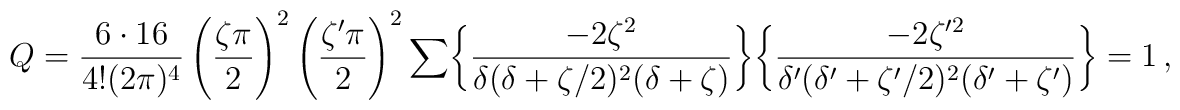
Q = \frac{6\cdot 16}{4!(2\pi)^4} \left( \frac{\zeta\pi}{2}\right)^2 \left( \frac{\zeta'\pi}{2}\right)^2 \sum \biggl\{ \frac{-2\zeta^2}{\delta (\delta +\zeta /2)^2(\delta +\zeta)}\biggr\}  \biggl\{ \frac{-2\zeta^{\prime 2}}{\delta' (\delta' +\zeta^{\prime} /2)^2(\delta' +\zeta^{\prime})}\biggr\} =1\,,